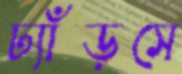
ঢ্যাঁড়সে